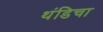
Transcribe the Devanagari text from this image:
थंडिचा